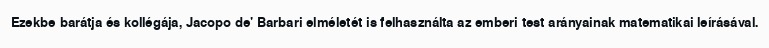
Ezekbe barátja és kollégája, Jacopo de' Barbari elméletét is felhasználta az emberi test arányainak matematikai leírásával.